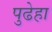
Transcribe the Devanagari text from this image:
पुढेहा